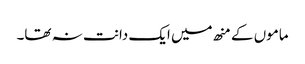
ماموں کے منھ میں ایک دانت نہ تھا۔